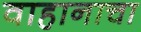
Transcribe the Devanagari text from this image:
वाहानाचा